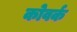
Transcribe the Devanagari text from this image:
कोवर्क